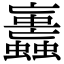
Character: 𧕕